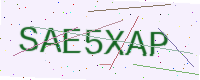
Text: SAE5XAP